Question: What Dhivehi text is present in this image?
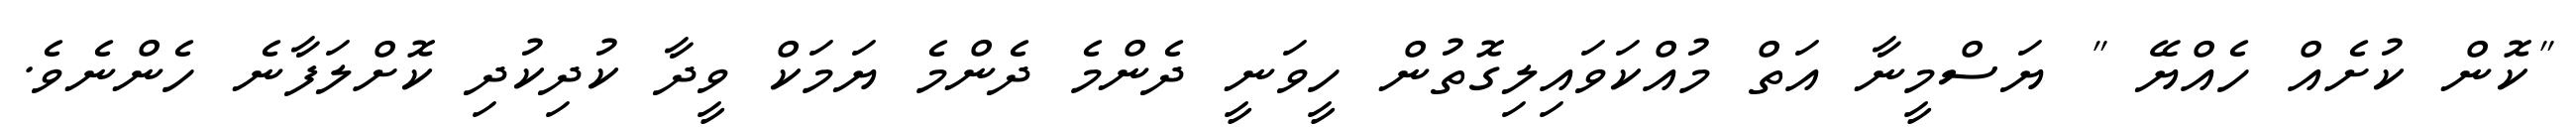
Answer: "ކޮން ކުށެއް ހެއްޔޭ " ޔަސްމީނާ އަތް މުއްކަވައިލިގޮތުން ހީވަނީ ދެންމެ ދެންމެ ޔަމަކް ވީދާ ކުދިކުދި ކޮށްލަފާނެ ހެންނެވެ.